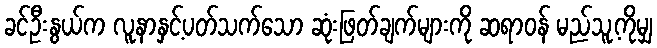
ခင်ဦးနွယ်က လူနာနှင့်ပတ်သက်သော ဆုံးဖြတ်ချက်များကို ဆရာဝန် မည်သူ့ကိုမျှ